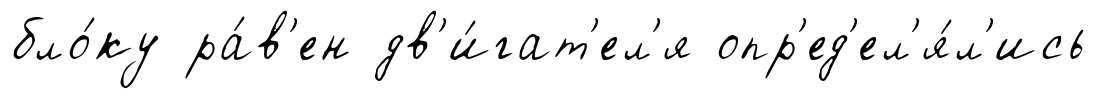
бло́ку ра́в'ен дв'и́гат'ел'я опр'ед'ел'я́л'ись